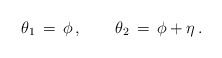
\begin{align*}\theta_1 \,=\, \phi\,,\qquad\theta_2 \,=\, \phi+\eta\,.\end{align*}